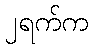
၂ရက်က